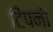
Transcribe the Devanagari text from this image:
टिंपनी